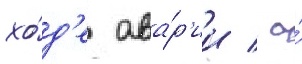
хо́д'е ава́р'ии / а́